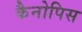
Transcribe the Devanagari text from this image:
कैनोपिस